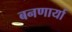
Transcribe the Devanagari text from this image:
बनणार्या